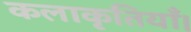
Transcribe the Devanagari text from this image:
कलाकृतियाँ।